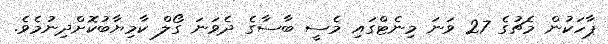
ޕާހަކުން މެޗުގެ 27 ވަނަ މިނެޓްގައި މެސީ ބާސާގެ ދެވަނަ ގޯލް ކާމިޔާބުކޮށްދިނުމެވެ.